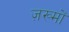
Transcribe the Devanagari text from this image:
ज़ख्‍मों